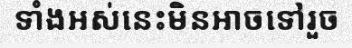
ទាំងអស់នេះមិនអាចទៅរួច